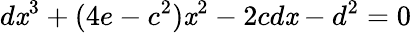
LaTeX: d\mathit{x}^{3}+(4e-c^{2})\mathit{x}^{2}-2cd\mathit{x}-d^{2}=0